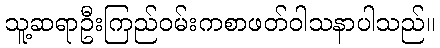
သူ့ဆရာဦးကြည်ဝမ်းကစာဖတ်ဝါသနာပါသည်။